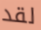
لقد